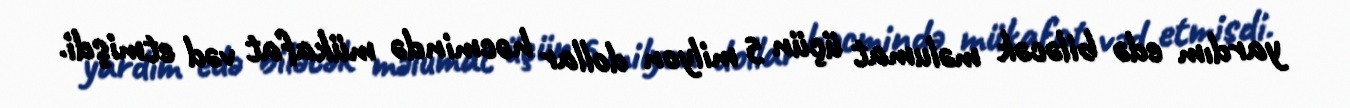
yardım edə biləcək məlumat üçün 5 milyon dollar həcmində mükafat vəd etmişdi.